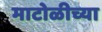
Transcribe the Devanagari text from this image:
माटोळीच्या